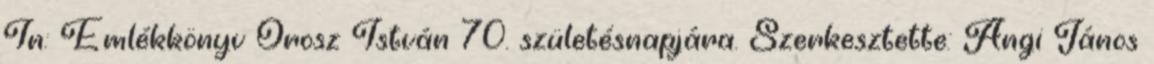
In: Emlékkönyv Orosz István 70. születésnapjára. Szerkesztette: Angi János